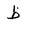
Letter: _za